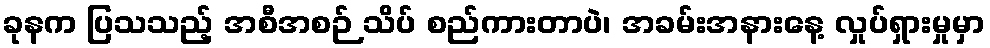
ခုနက ပြသသည့် အစီအစဉ် သိပ် စည်ကားတာပဲ၊ အခမ်းအနားနေ့ လှုပ်ရှားမှုမှာ